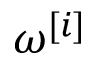
\boldsymbol { \omega } ^ { [ i ] }